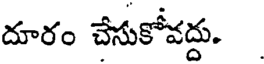
దూరం చేసుకోవద్దు.